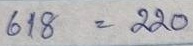
618 = 220